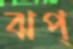
ঝপ্‌